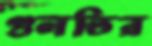
গুলতির